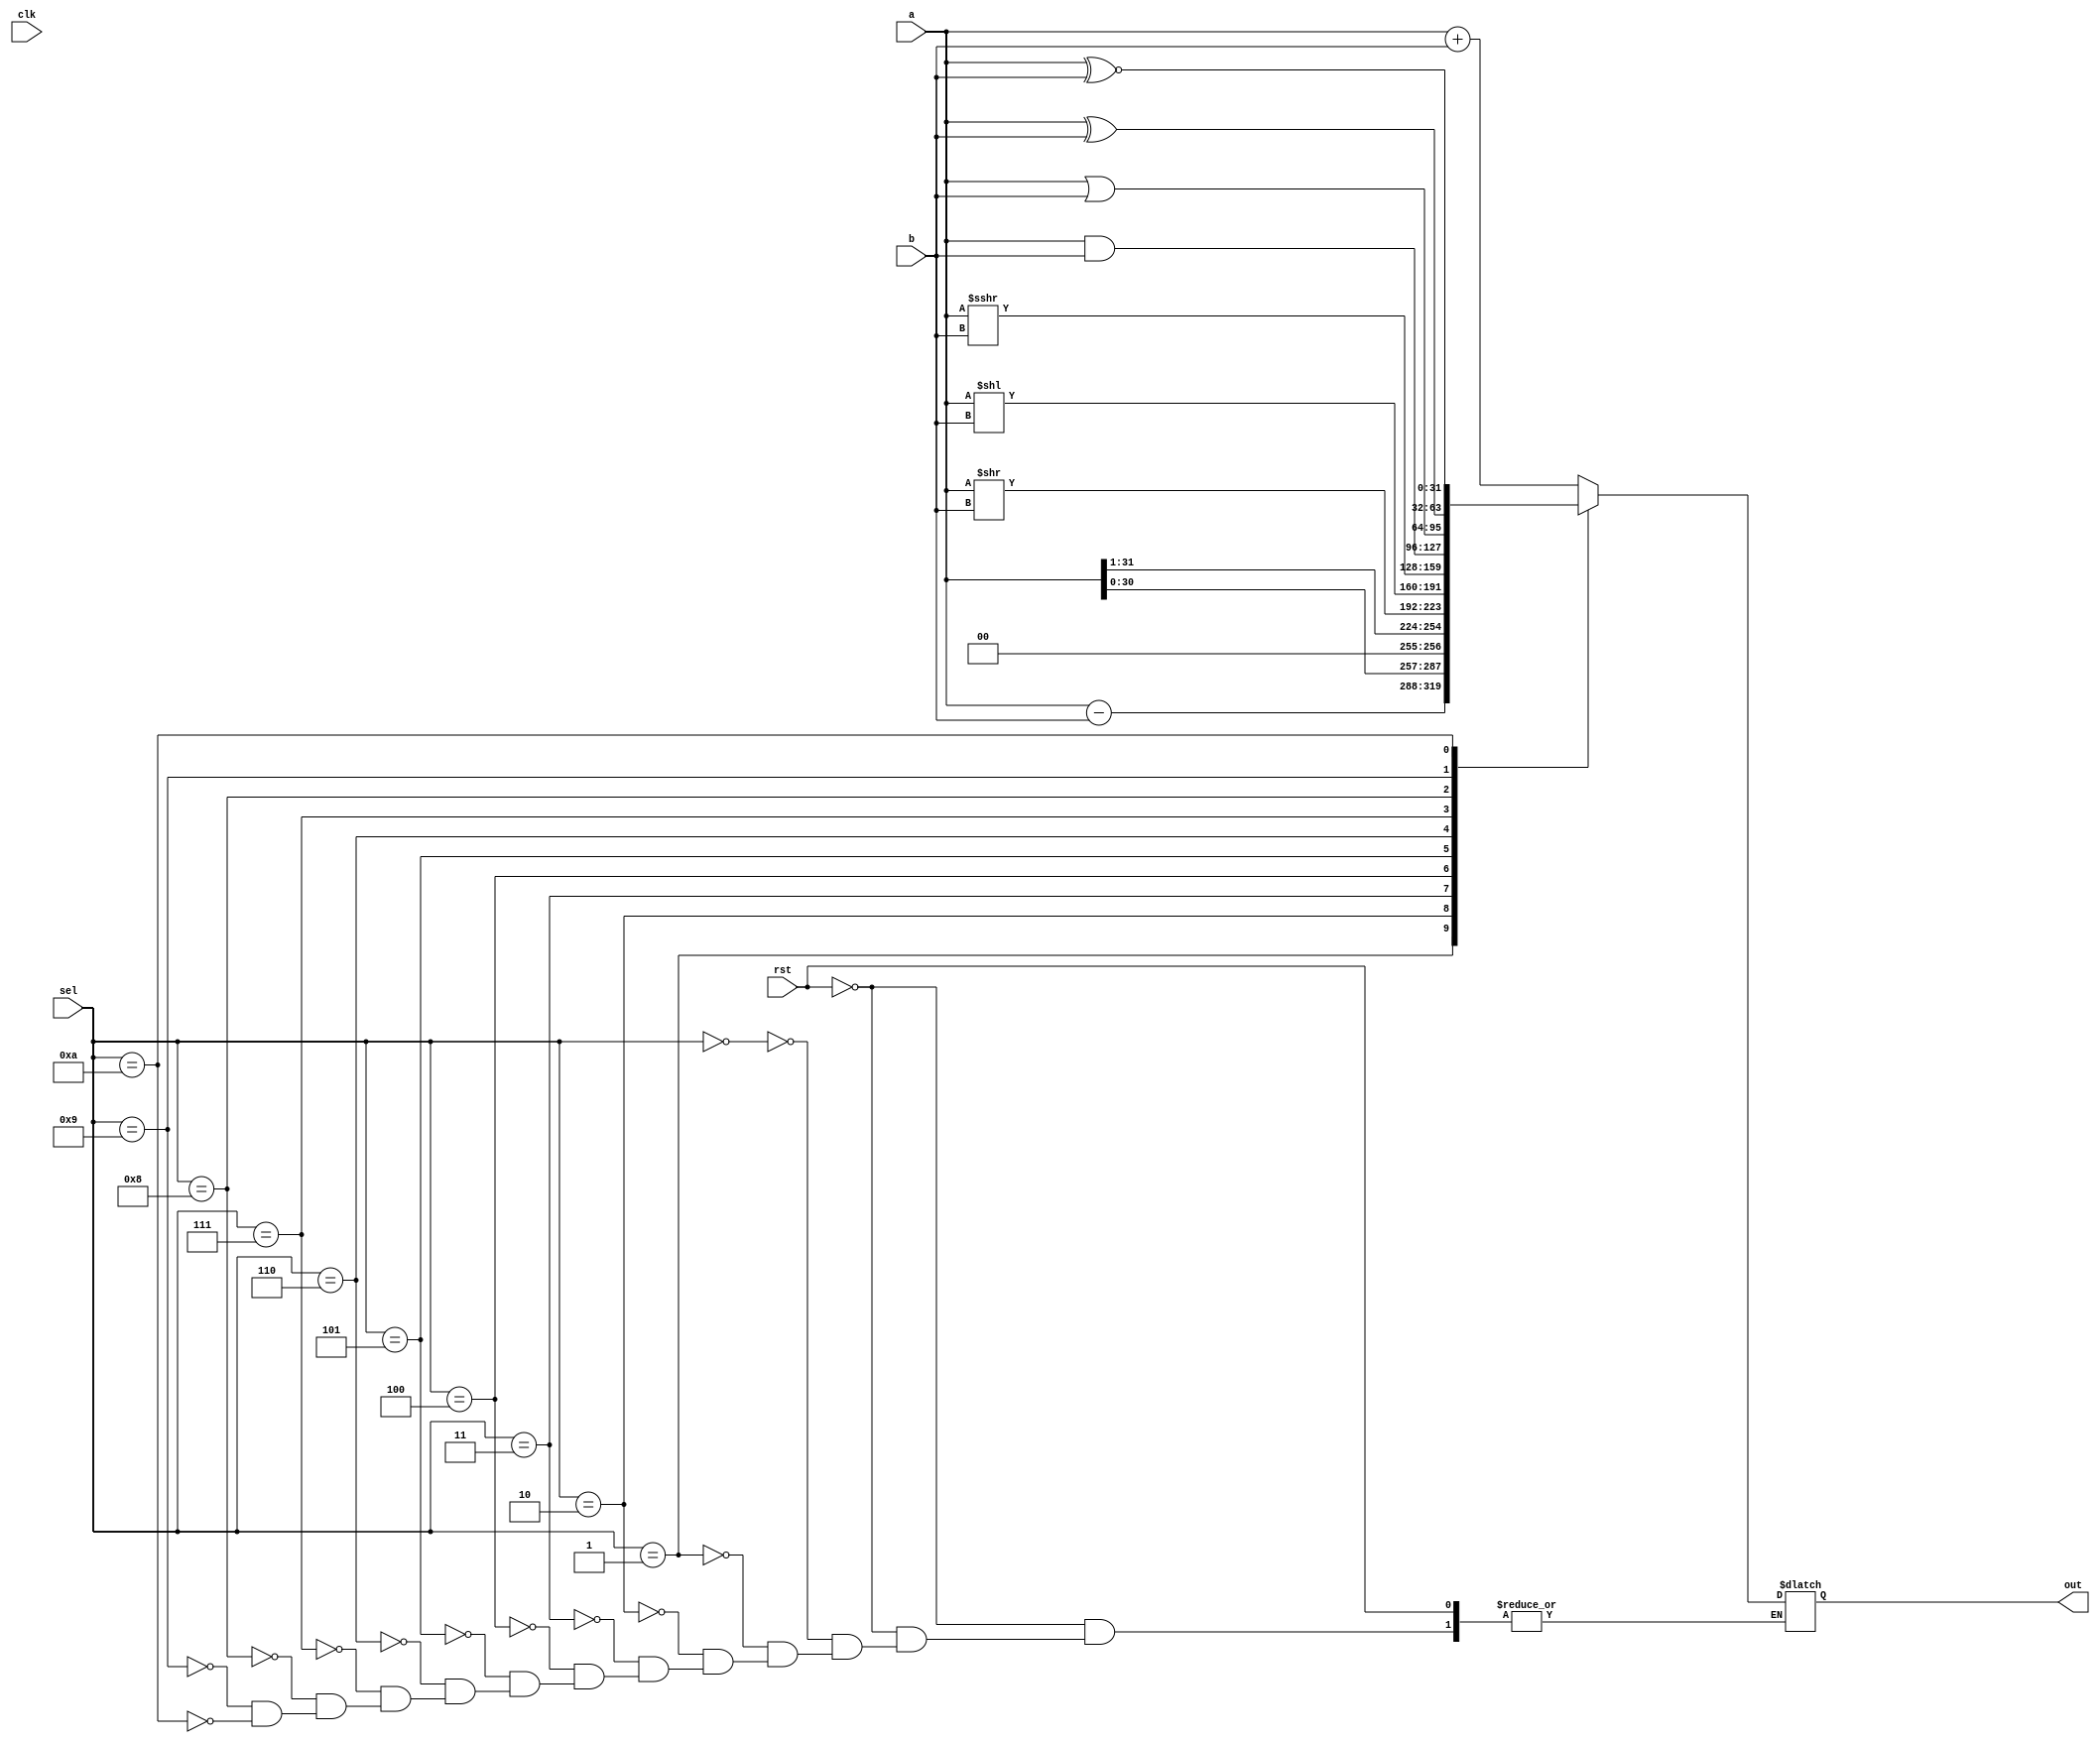
module ALU#(parameter WL = 32)
            (
			input [3:0] sel,
			input [WL-1:0] a,
			input [WL-1:0] b,
			input clk,rst,
			
			output reg [WL-1:0] out
			);
			
			
			//add = 0
			//sub = 1,
			
			//Logical shift left = 2
			//logical shift right = 3
			//logical variable shift left = 4
			//logical variable shift right = 5;
			//arithmetic shift-right = 6;
			//AND = 7
			//OR  = 8
			//XOR  = 9
			//XNOR = 10
			
			
			localparam 	add = 0, sub = 1, Lshleft = 2, Lshright = 3, varLshleft = 4,
						varLshright = 5, ADDshright = 6, AND = 7, OR = 8, 
						XOR = 9, XNOR = 10;
			
			
			always@(*) begin
			
			if (!rst)
                begin
				case(sel)
				
					add: 	begin
							out = a + b; //if 0000, add;
							end
							
					sub:	begin
							out = a-b; // if 0001, subtract
							end
				
					Lshleft:	begin
								out = a<<1;
								end
							
					Lshright:	begin
								out = a>>1;
								end
					
					varLshleft:	begin
								out = a >> b;
								end
								
					varLshright:begin
								out = a << b;
								end
								
					ADDshright:	begin
								out = a>>> b;
								// out = a >>> 1      //possible means
								end
								
					AND:		begin
								out = a&b;
								end
								
					OR:			begin
								out = a|b;
								end
								
					XOR:		begin
								out = a^b; 
								end
					
					XNOR:		begin
								out = a~^b;
								end
								
					endcase
					end
					end
			endmodule